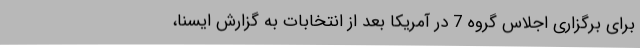
برای برگزاری اجلاس گروه 7 در آمریکا بعد از انتخابات به گزارش ایسنا،